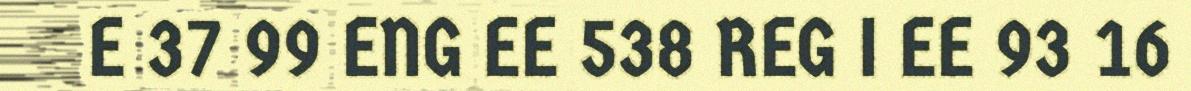
E 37 99 ENG EE 538 REG I EE 93 16